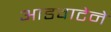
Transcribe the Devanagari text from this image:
आडवाटेने